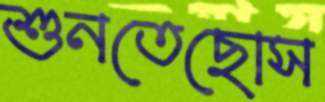
শুনতেছোস